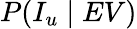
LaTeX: P(I_{u}\mid EV)